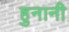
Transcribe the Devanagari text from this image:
हुनानी